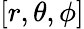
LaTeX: [r,\theta,\phi]